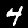
Digit: 4